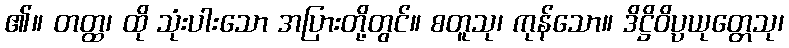
၏။ တတ္ထ၊ ထို သုံးပါးသော အပြားတို့တွင်။ စတူသု၊ ကုန်သော။ ဒိဋ္ဌိဝိပ္ပယုတ္တေသု၊